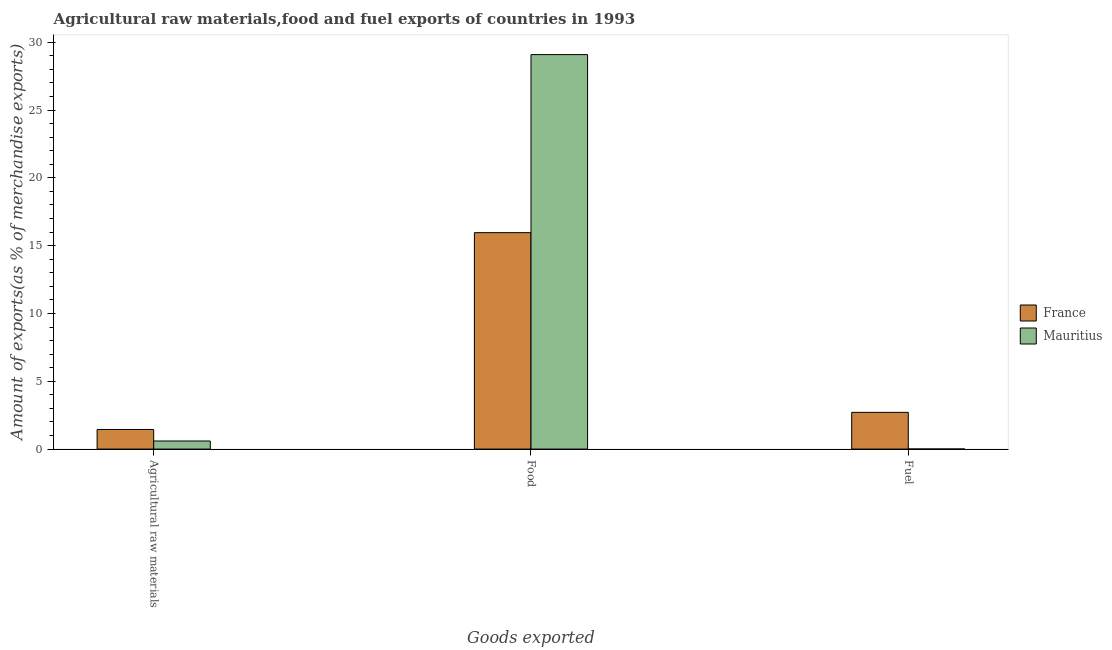
| Goods exported | France | Mauritius |
 | --- | --- | --- |
 | Agricultural raw materials | 1.44 | 0.596 |
 | Food | 16 | 29.1 |
 | Fuel | 2.71 | 0.0036 |